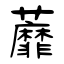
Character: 蘼